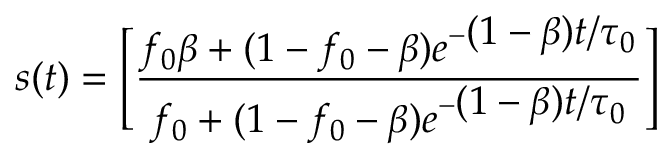
s ( t ) = \Biggl [ \frac { f _ { 0 } \beta + ( 1 - f _ { 0 } - \beta ) e ^ { - \displaystyle ( 1 - \beta ) t / \tau _ { 0 } } } { f _ { 0 } + ( 1 - f _ { 0 } - \beta ) e ^ { - \displaystyle ( 1 - \beta ) t / \tau _ { 0 } } } \Biggr ]